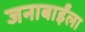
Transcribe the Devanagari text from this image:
जनाबाईंला